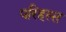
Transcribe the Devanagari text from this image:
परिहस्त